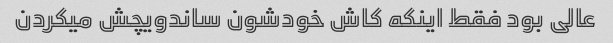
عالی بود فقط اینکه کاش خودشون ساندویچش میکردن